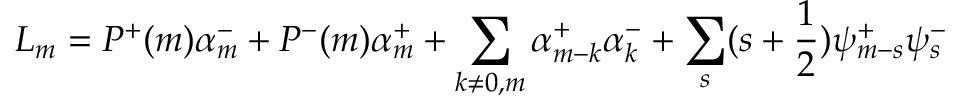
L _ { m } = P ^ { + } ( m ) \alpha _ { m } ^ { - } + P ^ { - } ( m ) \alpha _ { m } ^ { + } + \sum _ { k \ne 0 , m } \alpha _ { m - k } ^ { + } \alpha _ { k } ^ { - } + \sum _ { s } ( s + \frac { 1 } { 2 } ) \psi _ { m - s } ^ { + } \psi _ { s } ^ { - }